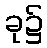
ခု၌